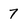
Character: 7